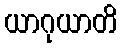
ယာဂုယာတိ